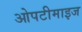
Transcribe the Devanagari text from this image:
ओपटीमाइज